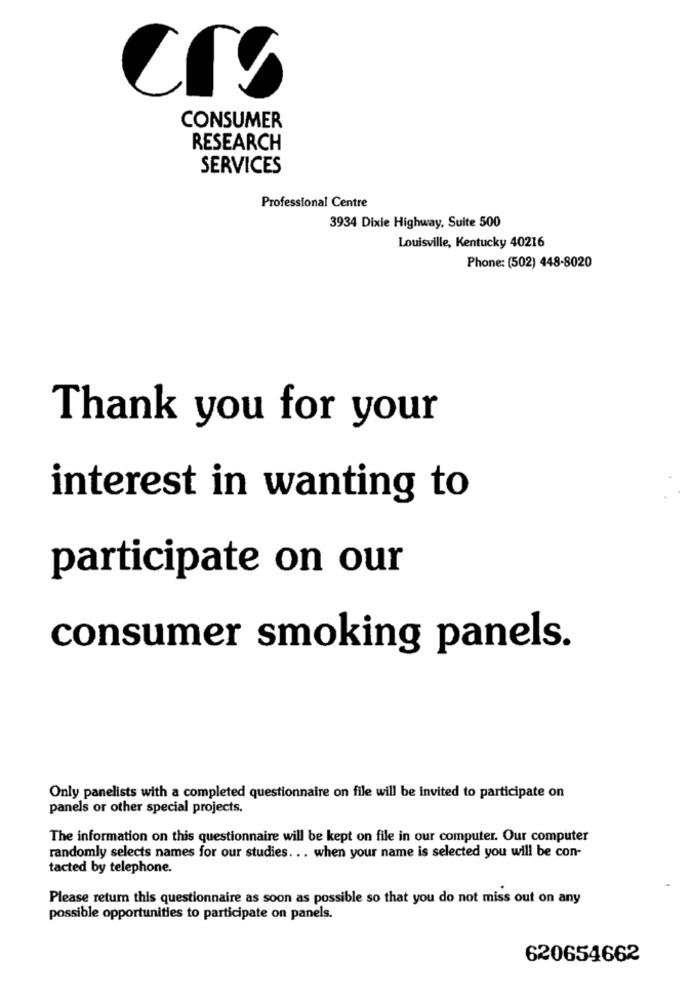
CONSUMER
RESEARCH
SERVICES
Professional Centre
3934 Dixie Highway, Suite 500
Louisville, Kentucky 40216
Phone: (502) 448-8020
Thank you for your
interest in wanting to
participate on our
consumer smoking panels.
Only panelists with a completed questionnaire on file will be invited to participate on
panels or other special projects.
The information on this questionnaire will be kept on file in our computer. Our computer
randomly selects names for our studies. .. when your name is selected you will be con-
tacted by telephone.
Please return this questionnaire as soon as possible so that you do not miss out on any
possible opportunities to participate on panels.
620654662